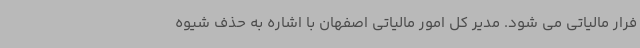
فرار مالیاتی می شود. مدیر کل امور مالیاتی اصفهان با اشاره به حذف شیوه